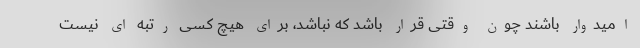
امیدوار باشند چون وقتی قرار باشد که نباشد، برای هیچ کسی رتبه ای نیست